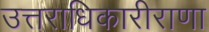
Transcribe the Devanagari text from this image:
उत्तराधिकारीराणा